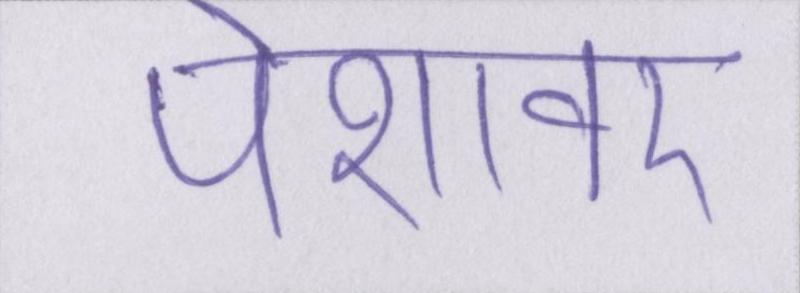
पेशावर